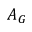
A _ { G }